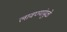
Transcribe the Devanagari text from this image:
लावण्यांमुळे